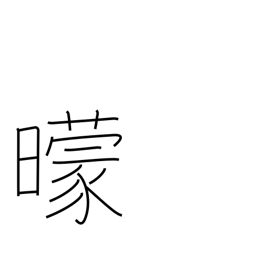
Meaning: darkness